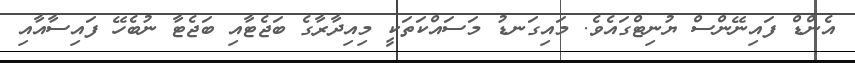
އެންޑް ފައިނޭންސް ޔުނިޓްގައެވެ. މައިގަނޑު މަސައްކަތަކީ މިއިދާރާގެ ބަޖެޓާއި ބަޖެޓާ ނުބެހޭ ފައިސާއާއި